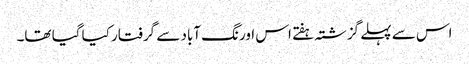
اس سے پہلے گزشتہ ہفتے اس اورنگ آباد سے گرفتار کیا گیا تھا۔